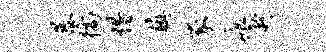
暴徜惜镇豕痕趁